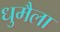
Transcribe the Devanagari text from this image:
धुमैला